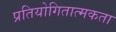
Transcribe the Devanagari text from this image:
प्रतियोगितात्मकता